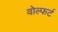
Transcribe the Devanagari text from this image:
वोल्फर्ट